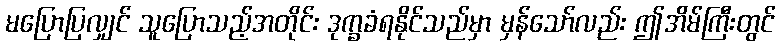
မပြောပြလျှင် သူပြောသည့်အတိုင်း ဒုက္ခခံရနိုင်သည်မှာ မှန်သော်လည်း ဤအိမ်ကြီးတွင်